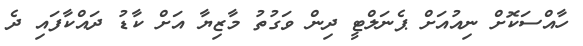
ހާއްސަކޮށް ނިއުއަށް ޕެނަލްޓީ ދިން ވަގުތު މާޒިޔާ އަށް ކާޑު ދައްކާފައި ދެ